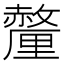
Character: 𬫁